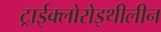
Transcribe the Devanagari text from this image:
ट्राईक्लोरोइथीलीन